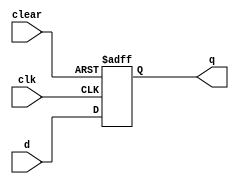
module dff_clear (
    input clk,
    input d,
    input clear,
    output reg q
);

always @(posedge clk or negedge clear) begin
    if (clear == 0) begin
        q <= 0;
    end else begin
        q <= d;
    end
end

endmodule